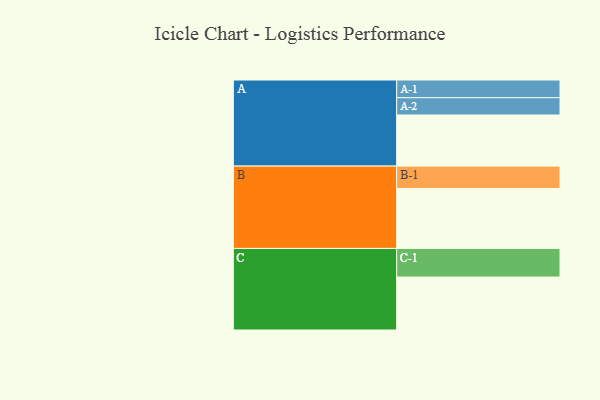
{"axis": {"x": "Segment", "y": "Value"}, "legend": ["", "A", "B", "C"], "data": [{"x": "A", "y": 407, "type": ""}, {"x": "B", "y": 478, "type": ""}, {"x": "C", "y": 422, "type": ""}, {"x": "A-1", "y": 141, "type": "A"}, {"x": "A-2", "y": 138, "type": "A"}, {"x": "B-1", "y": 178, "type": "B"}, {"x": "C-1", "y": 228, "type": "C"}]}